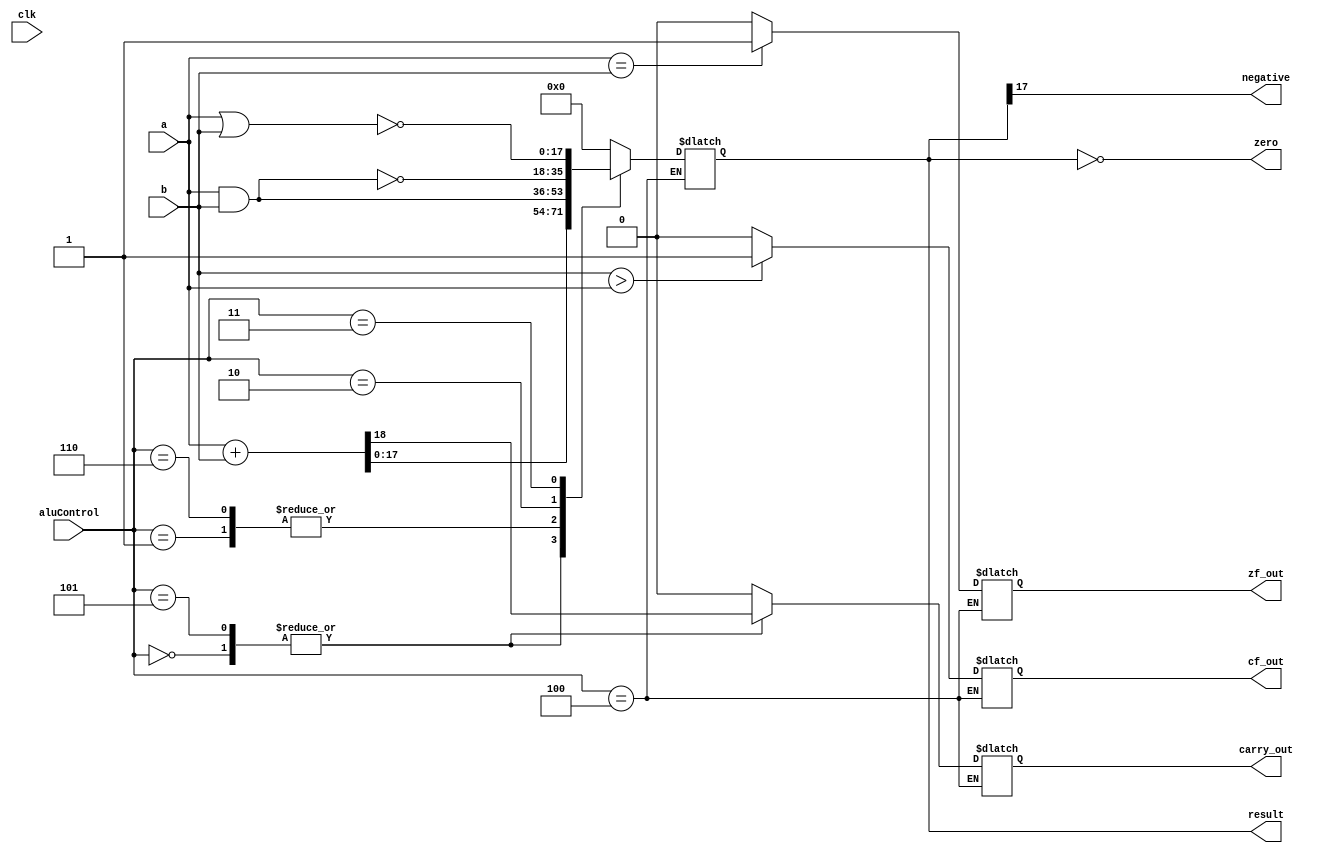
module alu(
    input clk,
    input [2:0] aluControl,
    input [17:0] a,
    input [17:0] b,
    output reg [17:0] result,
    output zero,
    output negative,
    output reg carry_out,
    output reg cf_out,
    output reg zf_out
);

    // Define operations
    localparam ALU_ADD  = 3'b000;
    localparam ALU_AND  = 3'b001;
    localparam ALU_NAND = 3'b010;
    localparam ALU_NOR  = 3'b011;
    localparam ALU_SUB  = 3'b100; // For CMP
    localparam ALU_ADDI = 3'b101;
    localparam ALU_ANDI = 3'b110;

    always @(*) begin
        case (aluControl)
            ALU_ADD: {carry_out, result} = a + b; // ADD with carry out
	    ALU_ADDI: {carry_out, result} = a + b; // ADD with carry out
            ALU_AND: begin
                result = a & b; // AND
                carry_out = 0;
            end
	    ALU_ANDI: begin
                result = a & b; // AND
                carry_out = 0;
            end
            ALU_NAND: begin
                result = ~(a & b); // NAND
                carry_out = 0;
            end
            ALU_NOR: begin
                result = ~(a | b); // NOR
                carry_out = 0;
            end
	    ALU_SUB: begin
                zf_out = a == b ? 1'b1 : 1'b0;
                cf_out = b > a ? 1'b1 : 1'b0;
            end
            default: begin
                result = 0;
                carry_out = 0;
            end
        endcase
    end


    // Setting flags based on result
    assign zero = (result == 0);
    assign negative = result[17];
endmodule